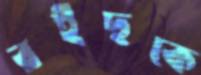
রইছকে